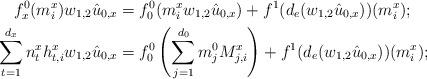
LaTeX: \begin{align*}f_x^0(m_i^x) w_{1,2} \hat{u}_{0,x} &= f^0_0 (m_i^x w_{1,2} \hat{u}_{0,x}) + f^1(d_e(w_{1,2} \hat{u}_{0,x})) (m_i^x);\\\sum_{t=1}^{d_x} n_t^x h_{t,i}^x w_{1,2} \hat{u}_{0,x} &= f^0_0 \left( \sum_{j=1}^{d_0} m_j^0 M_{j,i}^x \right) + f^1(d_e(w_{1,2} \hat{u}_{0,x})) (m_i^x);\end{align*}